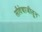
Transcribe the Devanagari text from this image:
सौदेबाजीतून